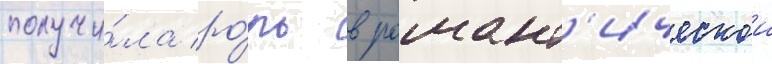
получи́ла ро́ль в романт'ическои